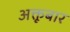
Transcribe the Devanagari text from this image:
अक्तूबार